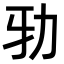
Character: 𠡅